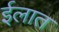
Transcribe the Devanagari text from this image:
ईलात